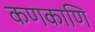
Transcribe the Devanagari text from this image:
कणकाणि